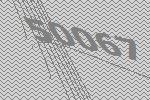
50067